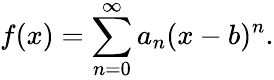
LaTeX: f(x)=\sum_{n=0}^{\infty}a_{n}(x-b)^{n}.